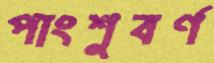
পাংশুবর্ণ